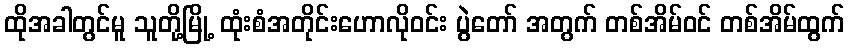
ထိုအခါတွင်မူ သူတို့မြို့ ထုံးစံအတိုင်းဟောလိုဝင်း ပွဲတော် အတွက် တစ်အိမ်ဝင် တစ်အိမ်ထွက်